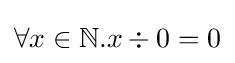
\forall x\in \mathbb {N} .x\div 0=0